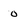
Character: 0